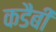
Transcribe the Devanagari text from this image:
कडैबी